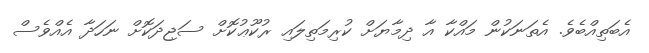
އެބަތިއްބެވެ. އެތަނަކުން މައްކާ އާ ދިމާޔަށް ކުރިމަތިލައި ރުކޫޢުކޮށް ސަޖިދަކޮށް ނަހަދާ އެއްވެސް